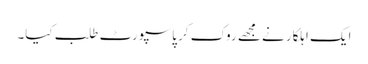
ایک اہلکار نے مجھے روک کر پاسپورٹ طلب کیا۔